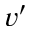
v ^ { \prime }